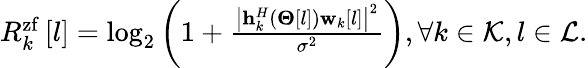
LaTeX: \begin{array}{r}{R_{k}^{\mathrm{{zf}}}\left[l\right]={\log_{2}}\left({1+\frac{{{{\left|{{\mathbf{h}}_{k}^{H}\left({{\mathbf{\Theta}}\left[l\right]}\right){{\mathbf{w}}_{k}}\left[l\right]}\right|}^{2}}}}{{{\sigma^{2}}}}}\right),\forall k\in{\cal K},l\in{\cal L}.}\end{array}